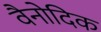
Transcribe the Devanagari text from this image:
वैनोदिक